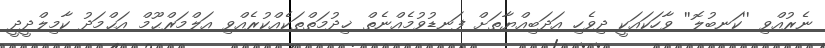
ނެރުއްވި ''ކަނބުލޮ'' ވާހަކައަކީ ދިވެހި އަދަބިއްޔާތަށް ފަނޑުވުމެއްނެތް ޚިދުމަތްތަކެއްކުރެއްވި އަލްމަރްޙޫމް އަޙްމަދު ކާމިލްދީދީ